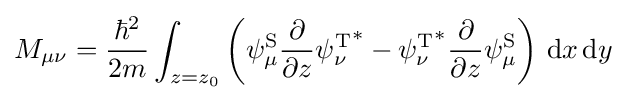
M_{\mu \nu }={\frac {\hbar ^{2}}{2m}}\int _{z=z_{0}}\left({\psi _{\mu }^{\text{S}}}{\frac {\partial }{\partial z}}{\psi _{\nu }^{\text{T}}}^{*}-{\psi _{\nu }^{\text{T}}}^{*}{\frac {\partial }{\partial z}}{\psi _{\mu }^{\text{S}}}\right)\,\mathrm {d} x\,\mathrm {d} y